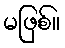
မဖြစ်။